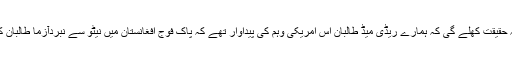
آنکھیں کھولتے ہی یہ حقیقت کھلے گی کہ ہمارے ریڈی میڈ طالبان اس امریکی وہم کی پیداوار تھے کہ پاک فوج افغانستان میں نیٹو سے نبردآزما طالبان کی مدد کر سکتی ہے۔